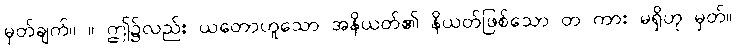
မှတ်ချက်။ ။ ဤ၌လည်း ယတောဟူသော အနိယတ်၏ နိယတ်ဖြစ်သော တ ကား မရှိဟု မှတ်။